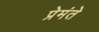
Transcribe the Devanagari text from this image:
प्रेमंते